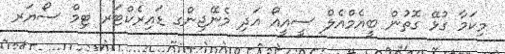
މިކަމާ ގުޅޭ ގޮތުން ބީއެމްއެލް ސީއީއޯ އަދި މެނޭޖިންގ ޑައިރެކްޓަރ ޓިމް ސޯޔަރ